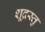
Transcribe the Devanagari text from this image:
शूद्रस्तु